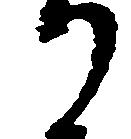
か